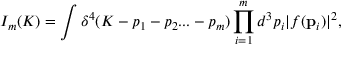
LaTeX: { \cal I } _ { m } ( K ) = \int \delta ^ { 4 } ( K - p _ { 1 } - p _ { 2 } . . . - p _ { m } ) \prod _ { i = 1 } ^ { m } d ^ { 3 } p _ { i } | f ( { \bf p } _ { i } ) | ^ { 2 } ,